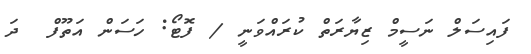
ފައިސަލް ނަސީމް ޒިޔާރަތް ކުރައްވަނީ / ފޮޓޯ: ހަސަން އަތޫފް  ދަ